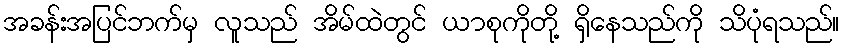
အခန်းအပြင်ဘက်မှ လူသည် အိမ်ထဲတွင် ယာစုကိုတို့ ရှိနေသည်ကို သိပုံရသည်။